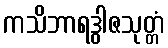
ကသိဘာရဒွါဇသုတ္တံ